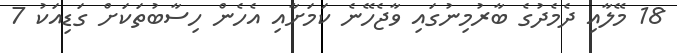
18 މޭލާއި ދެމެދުގެ ބާރުމިނުގައި ވާޖެހޭނެ ކަމަށާއި އެހެން ހިސާބުތަކަށް ގަޑިއަކު 7